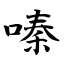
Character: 嗪